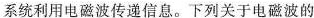
系统利用电磁波传递信息。下列关于电磁波的